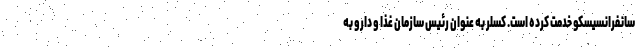
سانفرانسیسکو خدمت کرده است. کسلر به عنوان رئیس سازمان غذا و دارو به